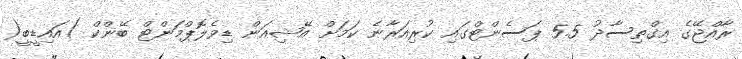
ރާއްޖޭގެ އިގްތިސާދު 5.5 ޕަސެންޓްގައި ކުރިއަރާނެ ކަމަށް އޭޝިއަން ޑިވެލޮޕްމަންޓް ބޭންކް )އައިޑީބީ(